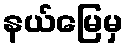
နယ်မြေမှ